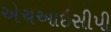
એચઆઇસીપી